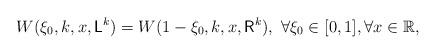
LaTeX: \begin{align*}W(\xi_0,k,x,\mathsf{L}^k)=W(1-\xi_0,k,x,\mathsf{R}^k), ~\forall \xi_0\in [0,1], \forall x\in\mathbb{R},\end{align*}